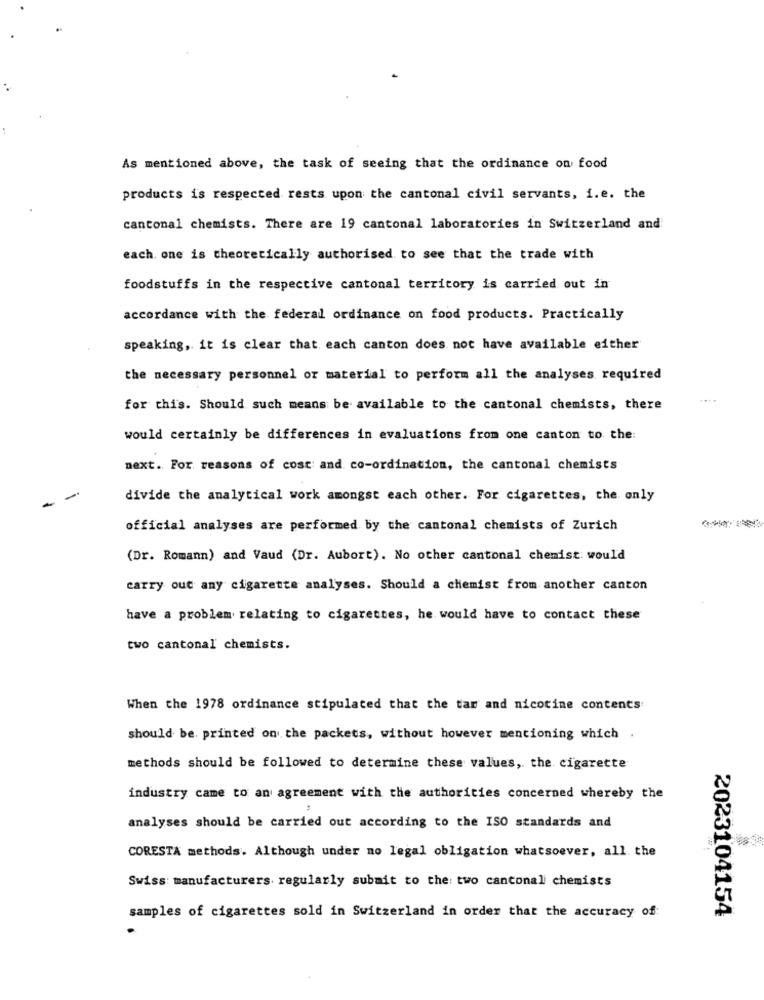
As mentioned above, the task of seeing that the ordinance on food
products is respected rests upon the cantonal civil servants, i.e. the
cantonal chemists. There are 19 cantonal laboratories in Switzerland and
each one is theoretically authorised to see that the trade with
foodstuffs in the respective cantonal territory is carried out in
accordance with the federal ordinance on food products. Practically
speaking, it is clear that each canton does not have available either
the necessary personnel or material to perform all the analyses required
for this. Should such means be available to the cantonal chemists, there
would certainly be differences in evaluations from one canton to the:
next. For reasons of cost and co-ordination, the cantonal chemists
divide the analytical work amongst each other. For cigarettes, the only
official analyses are performed by the cantonal chemists of Zurich
(Dr. Romann) and Vaud (Dr. Aubort). No other cantonal chemist: would
carry out any cigarette analyses. Should a chemist from another canton
have a problem relating to cigarettes, he would have to contact these
two cantonal chemists.
When the 1978 ordinance stipulated that the tar and nicotine contents
should be. printed on the packets, without however mentioning which
methods should be followed to determine these values, the cigarette
industry came to an agreement with the authorities concerned whereby the
analyses should be carried out according to the ISO standards and
CORESTA methods. Although under no legal obligation whatsoever, all the
Swiss: manufacturers regularly submit to the: two canconal chemists
2023104154
samples of cigarettes sold in Switzerland in order that the accuracy of: